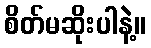
စိတ်မဆိုးပါနဲ့။